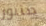
صنبور